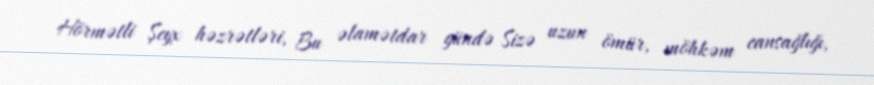
Hörmətli Şeyx həzrətləri, Bu əlamətdar gündə Sizə uzun ömür, möhkəm cansağlığı,